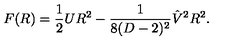
F ( R ) = { \frac { 1 } { 2 } } U R ^ { 2 } - { \frac { 1 } { 8 ( D - 2 ) ^ { 2 } } } \hat { V } ^ { 2 } R ^ { 2 } .